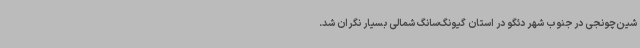
شین‌چونجی در جنوب شهر دئگو در استان گیونگ‌سانگ شمالی بسیار نگران شد.